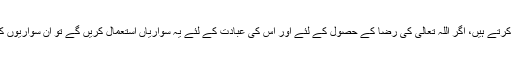
یہاں تو تقریباً ہر ایک کے پاس سواری ہے، اپنے دنیاوی کاموں کے لئے سواریاں استعمال کرتے ہیں، اگر اللہ تعالیٰ کی رضا کے حصول کے لئے اور اُس کی عبادت کے لئے یہ سواریاں استعمال کریں گے تو ان سواریوں کا مقصد دین کی خدمت بھی بن جائے گا اور آپ کے بھی دین و دنیا دونوں سنور جائیں گے۔